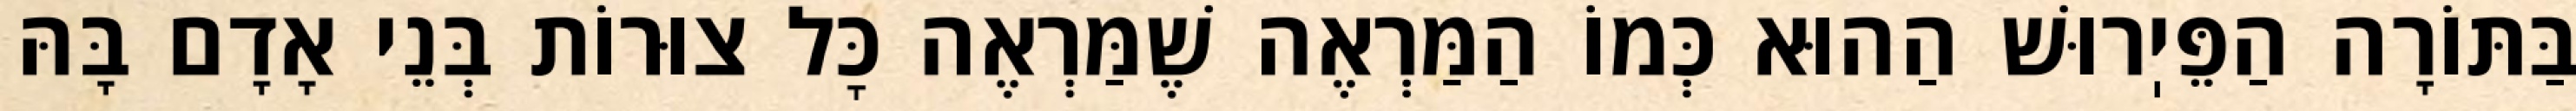
בַּתּוֹרָה הַפֵּיֽרוּשׁ הַהוּא כְּמוֹ הַמַּרְאֶה שֶׁמַּרְאֶה כׇּל צוּרוֹת בְּנֵי אָדָם בָּהּ